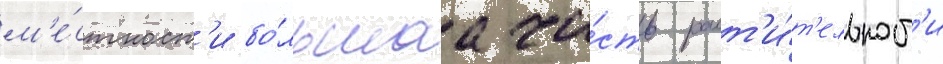
м'е́стност'и бо́льшаа ча́сть раст'и́т'ельност'и